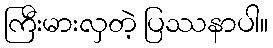
ကြီးမားလှတဲ့ ပြဿနာပါ။